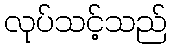
လုပ်သင့်သည်